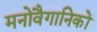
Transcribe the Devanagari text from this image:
मनोवैगानिकों